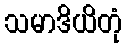
သမာဒိယိတုံ